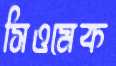
সিওমেক